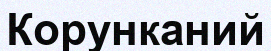
Корунканий